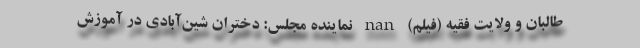
طالبان و ولایت فقیه (فیلم) nan نماینده مجلس: دختران شین‌آبادی در آموزش